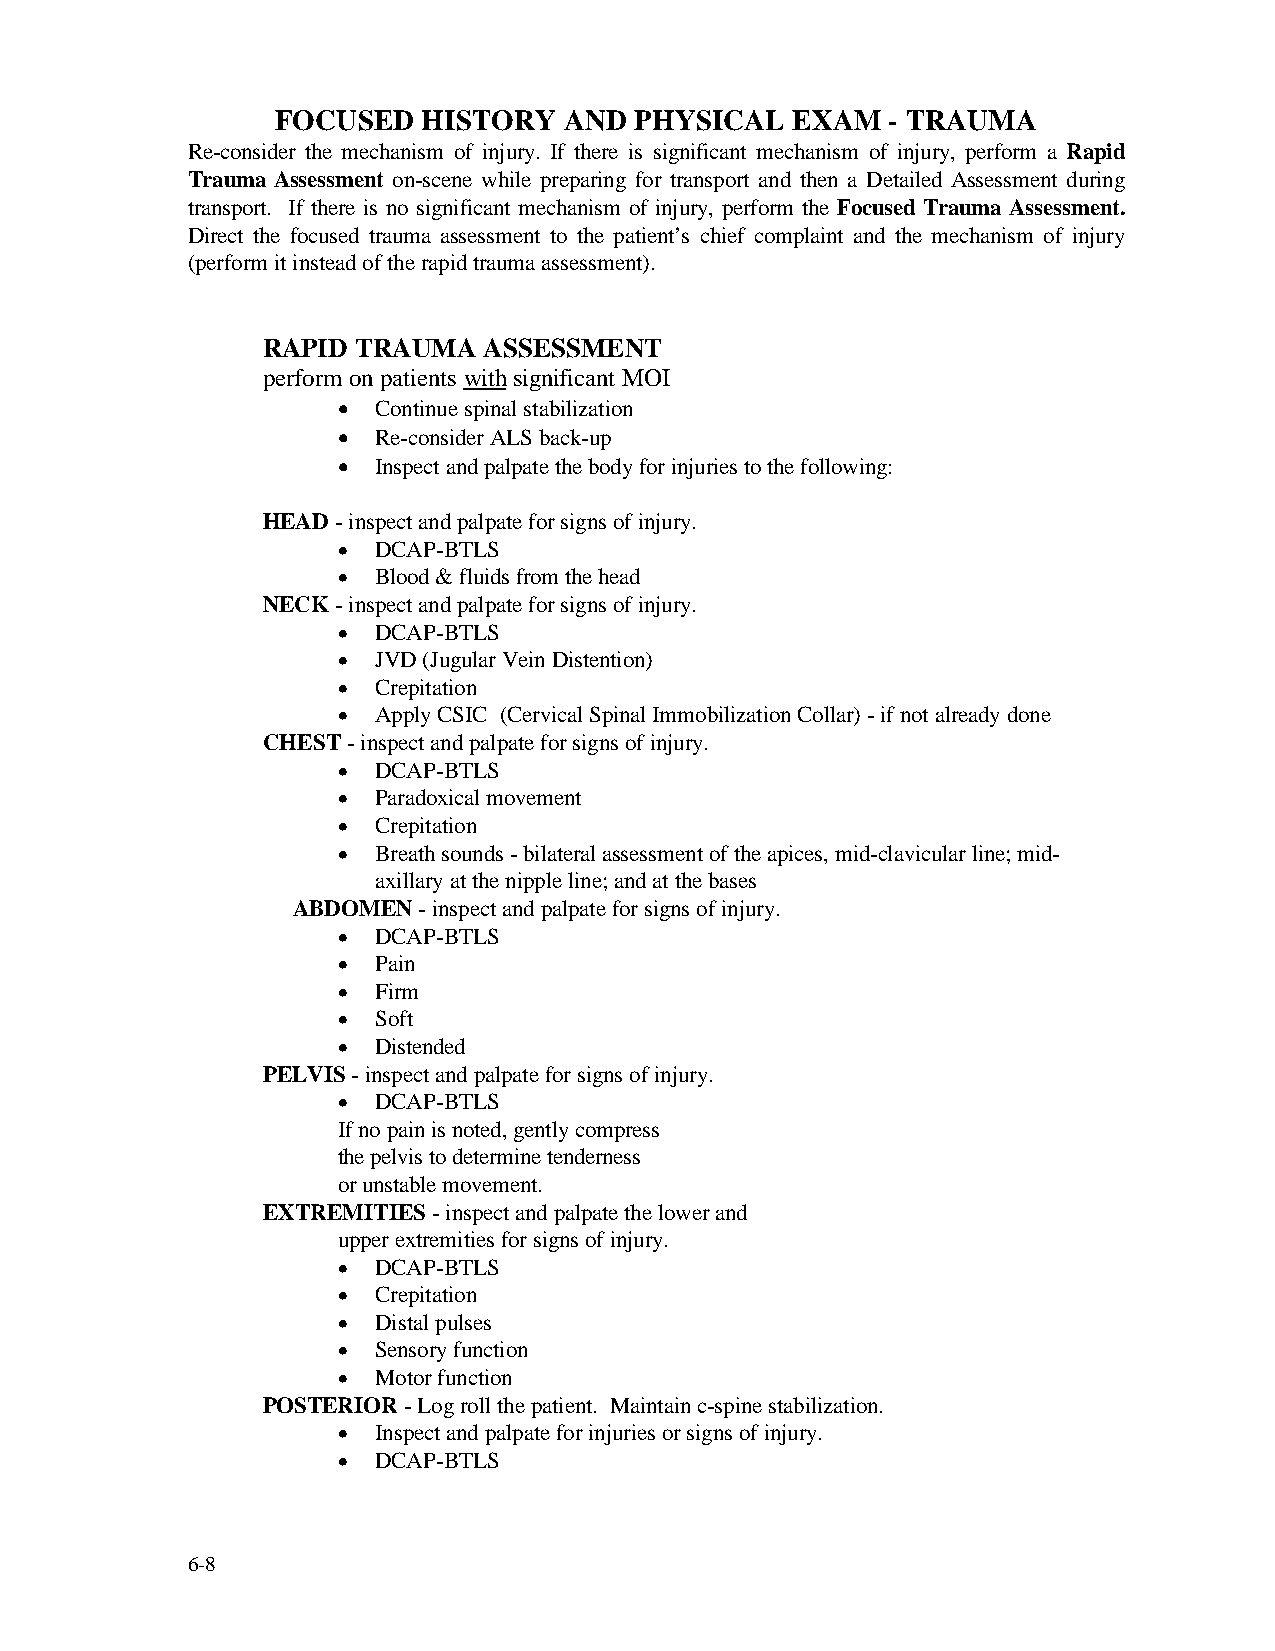
FOCUSED   HISTORY  AND  PHYSICAL  EXAM   - TRAUMA
 Re-consider the mechanism of injury. If there is significant mechanism of injury, perform a Rapid
 Trauma Assessment on-scene while preparing for transport and then a Detailed Assessment during
 transport. If there is no significant mechanism of injury, perform the Focused Trauma Assessment.
 Direct the focused trauma assessment to the patient’s chief complaint and the mechanism of injury
 (perform it instead of the rapid trauma assessment).
 RAPID  TRAUMA  ASSESSMENT
 perform on patients with significant MOI
 •  Continue spinal stabilization
 •  Re-consider ALS back-up
 •  Inspect and palpate the body for injuries to the following:
 HEAD - inspect and palpate for signs of injury.
 •  DCAP-BTLS
 •  Blood & fluids from the head
 NECK - inspect and palpate for signs of injury.
 •  DCAP-BTLS
 •  JVD (Jugular Vein Distention)
 •  Crepitation
 •  Apply CSIC (Cervical Spinal Immobilization Collar) - if not already done
 CHEST - inspect and palpate for signs of injury.
 •  DCAP-BTLS
 •  Paradoxical movement
 •  Crepitation
 •  Breath sounds - bilateral assessment of the apices, mid-clavicular line; mid-
 axillary at the nipple line; and at the bases
 ABDOMEN  - inspect and palpate for signs of injury.
 •  DCAP-BTLS
 •  Pain
 •  Firm
 •  Soft
 •  Distended
 PELVIS - inspect and palpate for signs of injury.
 •  DCAP-BTLS
 If no pain is noted, gently compress
 the pelvis to determine tenderness
 or unstable movement.
 EXTREMITIES - inspect and palpate the lower and
 upper extremities for signs of injury.
 •  DCAP-BTLS
 •  Crepitation
 •  Distal pulses
 •  Sensory function
 •  Motor function
 POSTERIOR - Log roll the patient. Maintain c-spine stabilization.
 •  Inspect and palpate for injuries or signs of injury.
 •  DCAP-BTLS
 6-8